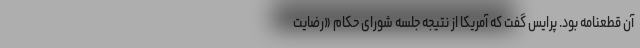
آن قطعنامه بود. پرایس گفت که آمریکا از نتیجه جلسه شورای حکام «رضایت